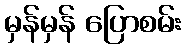
မှန်မှန် ပြောစမ်း